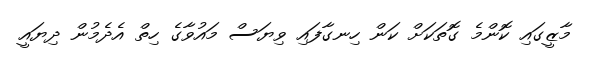
މާޒީގައި ކޮންމެ ގޮތަކަށް ކަން ހިނގާފައި ވިޔަސް މައުވާގެ ހިތް އެދެމުން ދިޔައީ